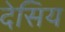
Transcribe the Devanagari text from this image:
देसिय